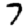
Digit: 7